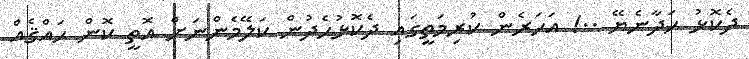
ދެކޮޅު ހަދާނެޔޭ ..! އަހަރެން ކުރިމަތީގައި ދެކޮޅުހެދުން ކަލޭމެންނަށް އޮތީ ކޮން ހައްޤެއް